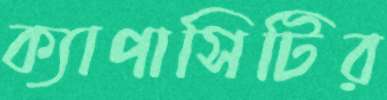
ক্যাপাসিটির